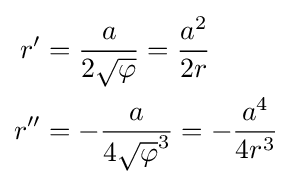
{\begin{aligned}r'&={\frac {a}{2{\sqrt {\varphi }}}}={\frac {a^{2}}{2r}}\\r''&=-{\frac {a}{4{\sqrt {\varphi }}^{3}}}=-{\frac {a^{4}}{4r^{3}}}\end{aligned}}